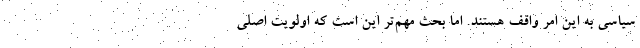
سیاسی به این امر واقف هستند. اما بحث مهم‌تر این است که اولویت اصلی